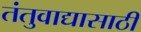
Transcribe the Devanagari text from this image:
तंतुवाद्यासाठी